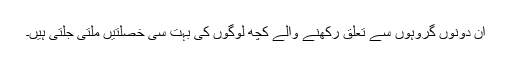
ان دونوں گروہوں سے تعلق رکھنے والے کچھ لوگوں کی بہت سی خصلتیں ملتی جلتی ہیں۔